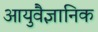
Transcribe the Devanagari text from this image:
आयुवैज्ञानिक